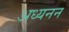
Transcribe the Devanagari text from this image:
अध्यनन